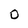
Character: 0